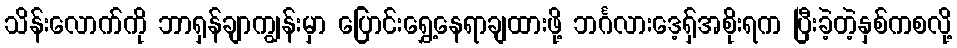
သိန်းလောက်ကို ဘာရှန်ချာကျွန်းမှာ ပြောင်းရွှေ့နေရာချထားဖို့ ဘင်္ဂလားဒေ့ရှ်အစိုးရက ပြီးခဲ့တဲ့နှစ်ကစလို့